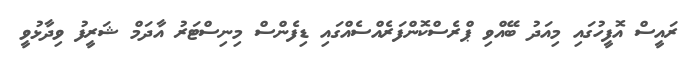
ރައީސް އޮފީހުގައި މިއަދު ބޭއްވި ޕްރެސްކޮންފަރެއްސެއްގައި ޑިފެންސް މިނިސްޓަރު އާދަމް ޝަރީފު ވިދާޅުވީ